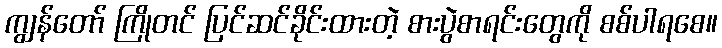
ကျွန်တော် ကြိုတင် ပြင်ဆင်ခိုင်းထားတဲ့ စားပွဲစာရင်းတွေကို စစ်ပါရစေ။